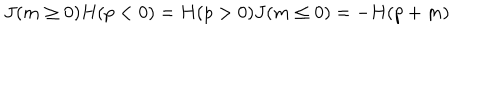
J ( m \ge 0 ) H ( p < 0 ) = H ( p > 0 ) J ( m \le 0 ) = - H ( p + m )